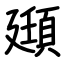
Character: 頲